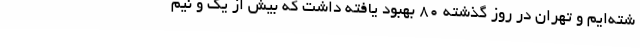
شته‌ایم و تهران در روز گذشته 80 بهبود یافته داشت که بیش از یک و نیم